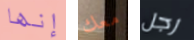
إنها معك رجل